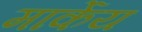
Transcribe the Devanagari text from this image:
मार्केय